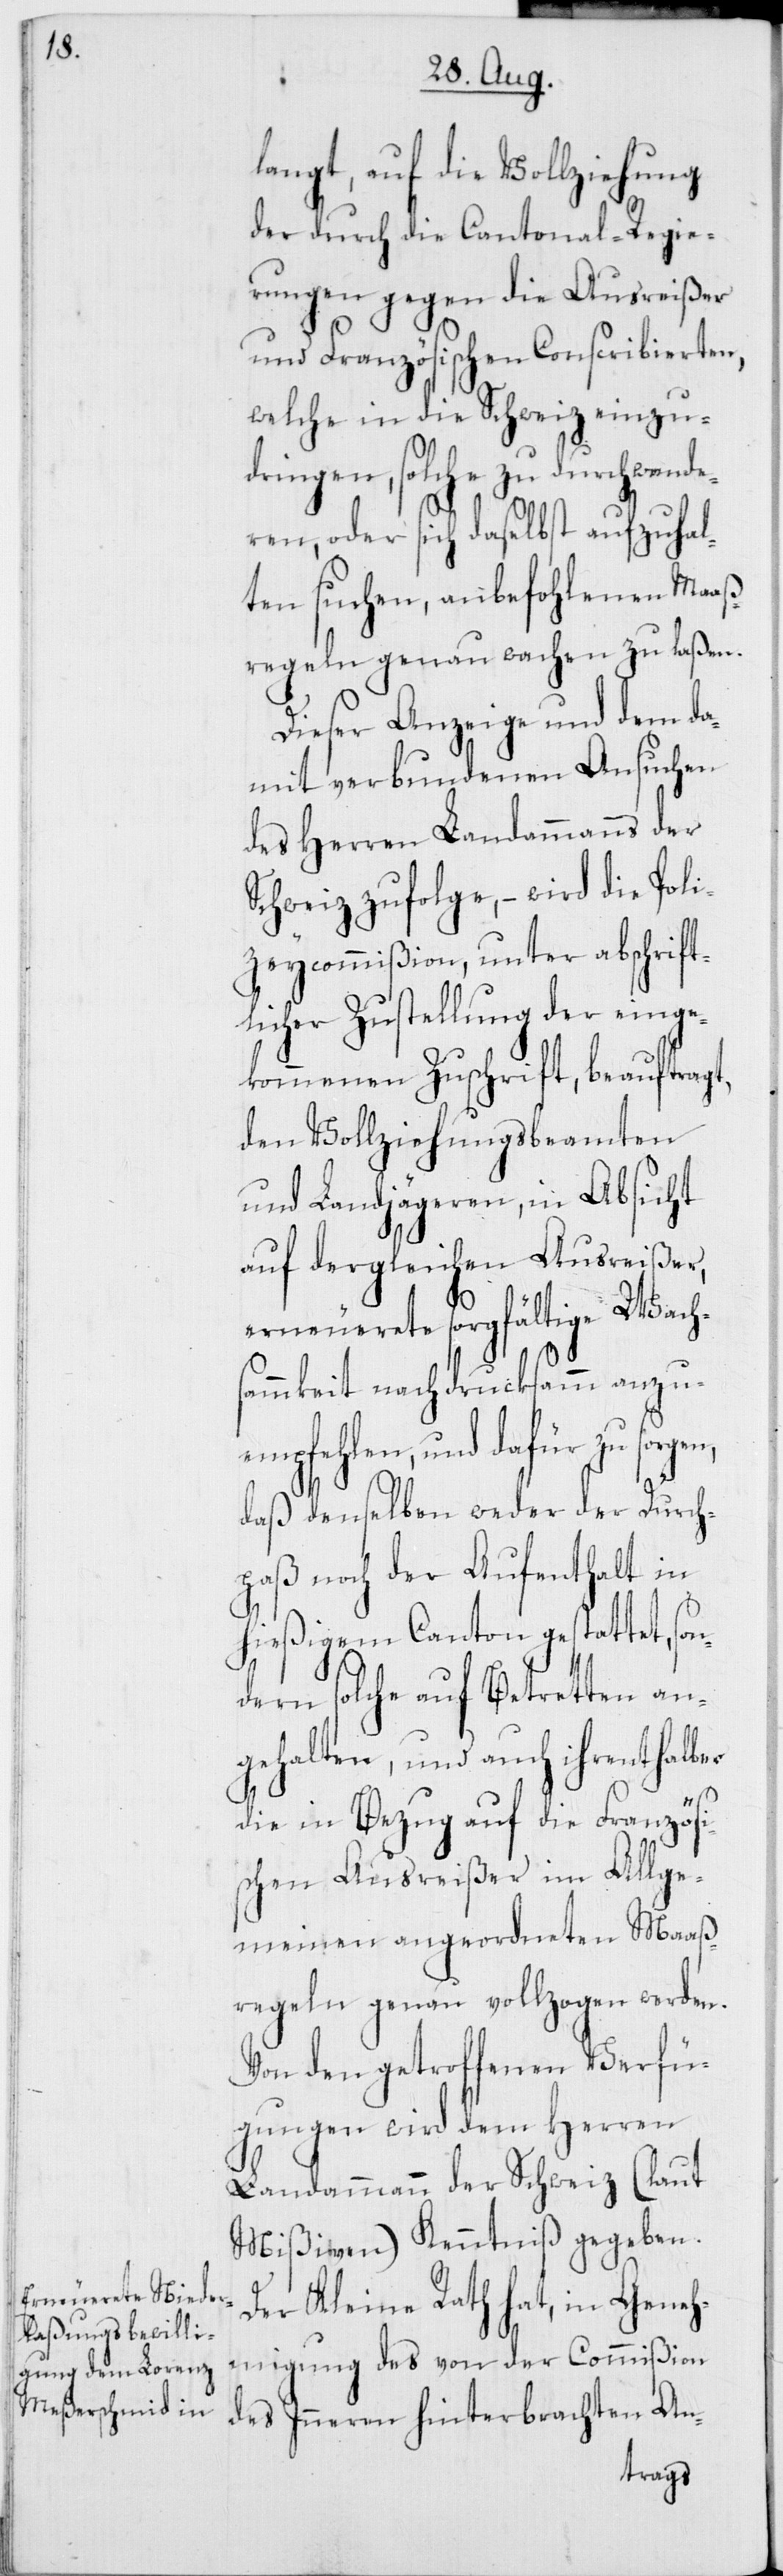
langt, auf die Vollziehung
der durch die Cantonal-Regie¬
rungen gegen die Ausreißer
und Französischen Conscribierten,
welche in die Schweiz einzu¬
dringen, solche zu durchwande¬
ren, oder sich daselbst aufzuhal¬
ten suchen, anbefohlenen Maaß¬
regeln genau wachen zu laßen.
Dieser Anzeige und dem da¬
mit verbundenen Ansuchen
des Herren Landammanns der
Schweiz zufolge, – wird die Poli¬
zeycommißion, unter abschrift¬
licher Zustellung der einge¬
kommenen Zuschrift, beauftragt,
den Vollziehungsbeamten
und Landjägeren, in Absicht
auf dergleichen Ausreißer,
erneuerete sorgfältige Wach¬
sammkeit nachdrucksamm anzu¬
empfehlen, und dafür zu
daß denselben weder der Durch¬
paß noch der Aufenthalt in
hießigem Canton gestattet, so¬
ndern solche auf Betretten an¬
gehalten, und auch ihrenthalber
die in Bezug auf die Französi¬
schen Ausreißer im Allge¬
meinen angeordneten Maaß¬
regeln genau vollzogen werden.
Von den getroffenen Verfü¬
gungen wird dem Herren
Landammann der Schweiz (laut
Mißiven) Kenntniß gegeben.
Der Kleine Rath hat, in Geneh¬
migung des von der Commißion